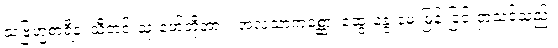
သဗြဟ္မစာရီနံ၊ သီတင်းသုံးဖော်တို့အား။ အလံသာကစ္ဆော၊ ဆွေးနွေးမေးမြန်းခြင်းငှာသင့်သည်။